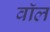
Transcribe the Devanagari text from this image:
वाॅल